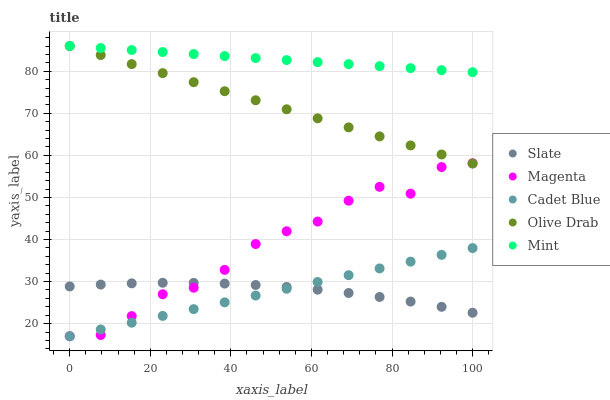
| xaxis_label | Slate | Magenta | Cadet Blue | Olive Drab | Mint |
 | --- | --- | --- | --- | --- | --- |
 | 0 | 28.8 | 17 | 17 | 86 | 86 |
 | 7.69 | 29.3 | 17.3 | 18.6 | 83.9 | 85.5 |
 | 15.4 | 29.6 | 21.8 | 20.2 | 81.7 | 85 |
 | 23.1 | 29.7 | 27 | 21.8 | 79.6 | 84.6 |
 | 30.8 | 29.7 | 28.5 | 23.5 | 77.4 | 84.1 |
 | 38.5 | 29.5 | 32.8 | 25.1 | 75.3 | 83.6 |
 | 46.2 | 29.2 | 38.9 | 26.7 | 73.1 | 83.1 |
 | 53.8 | 28.7 | 42 | 28.3 | 71 | 82.7 |
 | 61.5 | 28.1 | 44.3 | 29.9 | 68.8 | 82.2 |
 | 69.2 | 27.3 | 49.2 | 31.5 | 66.7 | 81.7 |
 | 76.9 | 26.3 | 52.5 | 33.1 | 64.5 | 81.2 |
 | 84.6 | 25.2 | 50.9 | 34.7 | 62.4 | 80.7 |
 | 92.3 | 24 | 57.2 | 36.4 | 60.2 | 80.3 |
 | 100 | 22.6 | 58.1 | 38 | 58.1 | 79.8 |